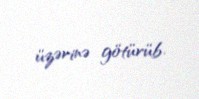
üzərinə götürüb.